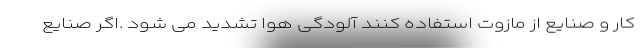
کار و صنایع از مازوت استفاده کنند آلودگی هوا تشدید می شود .اگر صنایع